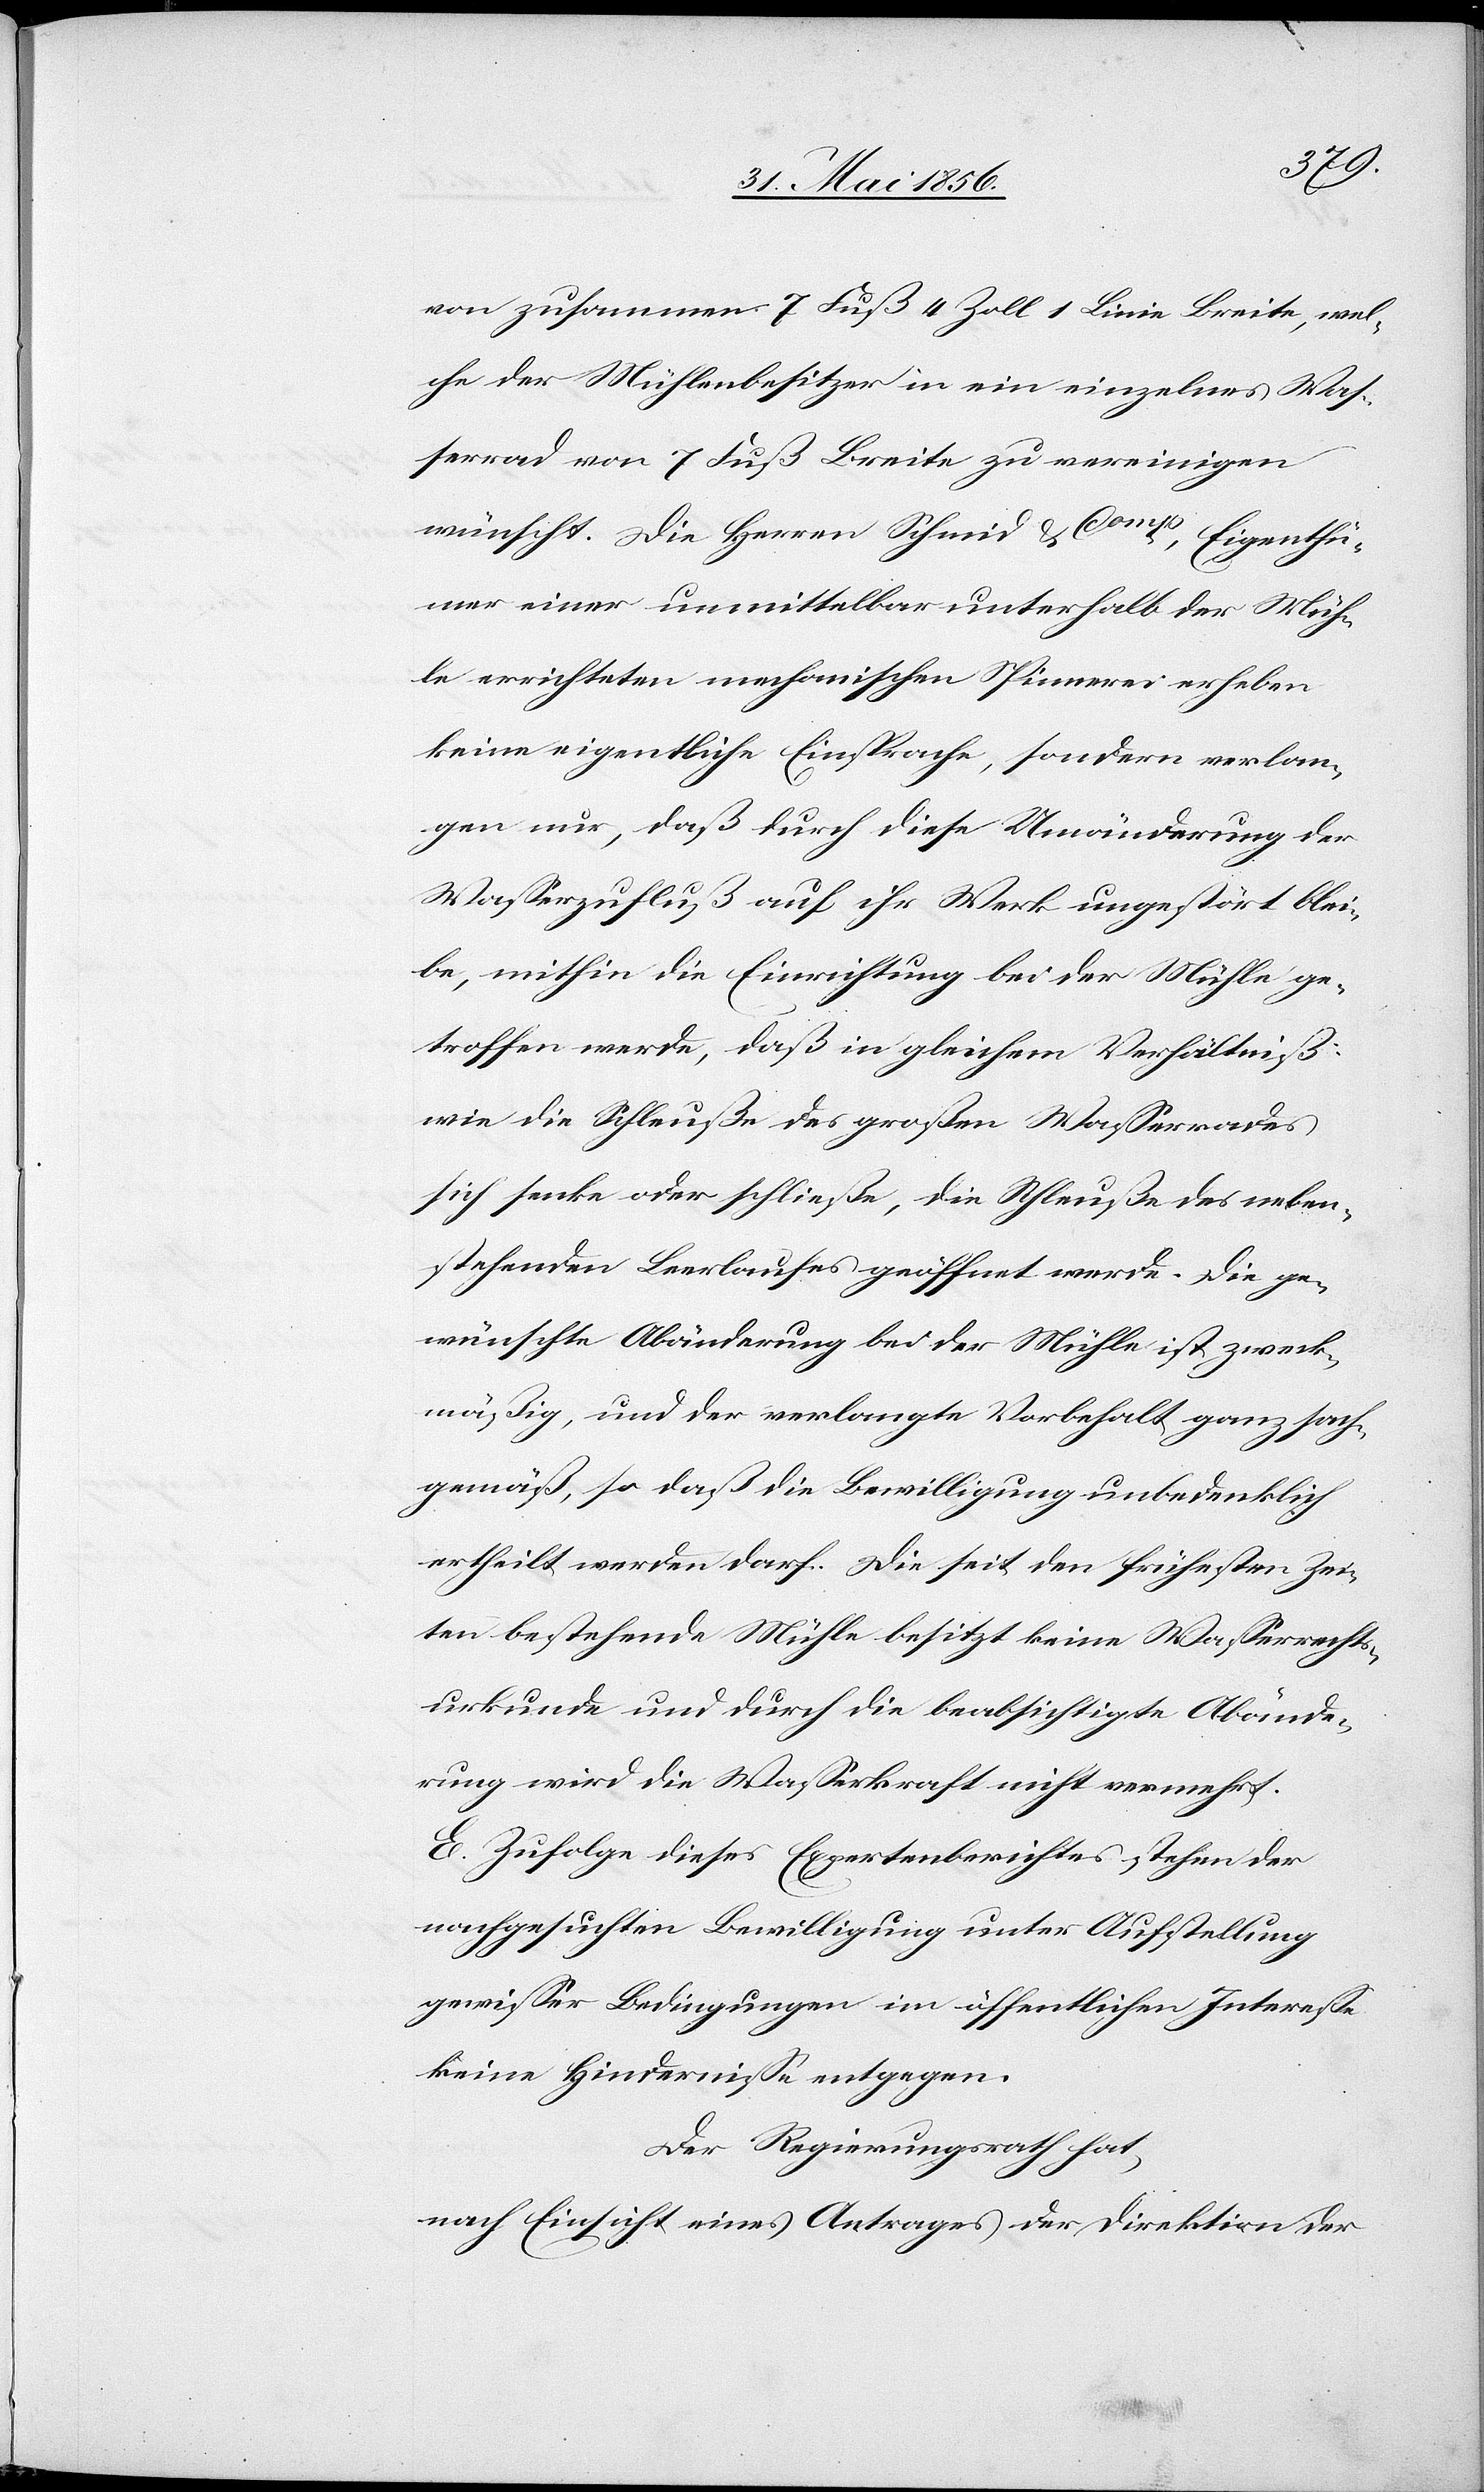
von zusammen 7 Fuß 4 Zoll 1 Linie Breite, wel¬
che der Mühlenbesitzer in ein einzelnes Was¬
serrad von 7 Fuß Breite zu vereinigen
wünscht. Die Herren Schmid & Comp, Eigenthü¬
mer einer unmittelbar unterhalb der Müh¬
le errichteten mechanischen Spinnerei erheben
keine eigentliche Einsprache, sondern verlan¬
gen nur, daß durch diese Umänderung der
Wasserzufluß auf ihr Werk ungestört blei¬
be, mithin die Einrichtung bei der Mühle ge¬
troffen werde, daß in gleichem Verhältniß
wie die Schleuße des großen Wasserrades
sich senke oder schließe, die Schleuße des neben¬
stehenden Leerlaufes geöffnet werde. Die ge¬
wünschte Abänderung bei der Mühle ist zweck¬
mäßig, und der verlangte Vorbehalt ganz sach¬
gemäß, so daß die Bewilligung unbedenklich
ertheilt werden darf. Die seit den frühesten Zei¬
ten bestehende Mühle besitzt keine Wasserrechts¬
urkunde und durch die beabsichtigte Abände¬
rung wird die Wasserkraft nicht vermehrt.
E. Zufolge dieses Expertenberichtes stehen der
nachgesuchten Bewilligung unter Aufstellung
gewisser Bedingungen im öffentlichen Interesse
keine Hindernisse entgegen.
Der Regierungsrath hat,
nach Einsicht eines Antrages der Direktion der